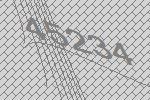
45234